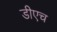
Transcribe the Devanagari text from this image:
डीएच